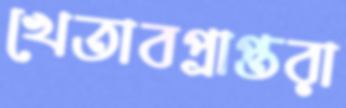
খেতাবপ্রাপ্তরা